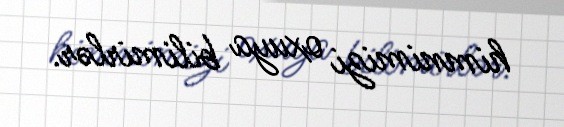
himnimizi oxuya bilimirlər.